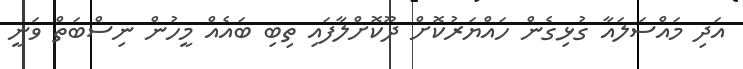
އަދި މައްސަލައާ ގުޅިގެން ހައްޔަރުކޮށް ދޫކޮށްލާފައި ތިބި ބައެއް މީހުން ނިސްބަތް ވަނީ